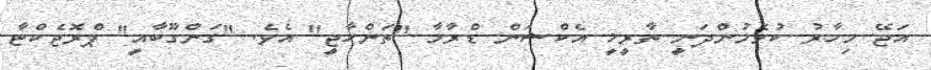
އަޖޭ މިހާރު ކުޅެމުންދަނީ ތާރީޚީ އެކްޝަން ޑްރާމާ "ތަންހާޖީ" އެވެ. "ގަންގޫބާއީ" ޕްރޮޖެކްޓާ